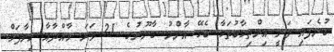
ބުނެފައި ވަނީ އިންތިހާބުތަކާ ބެހޭ އާންމު ގާނޫނުގެ 21 ވަނަ މާއްދާއާ ހިލާފަށް